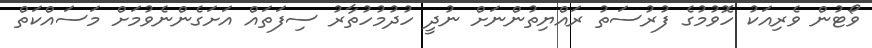
ވޯޓުން ވެރިއަކު ހޮވުމުގެ ފުރުސަތު ރައްޔިތުންނަށް ނުދީ ހުދުމުހުތާރު ސިފަތައް އަށަގެންނެވުމަށް މަސައްކަތް